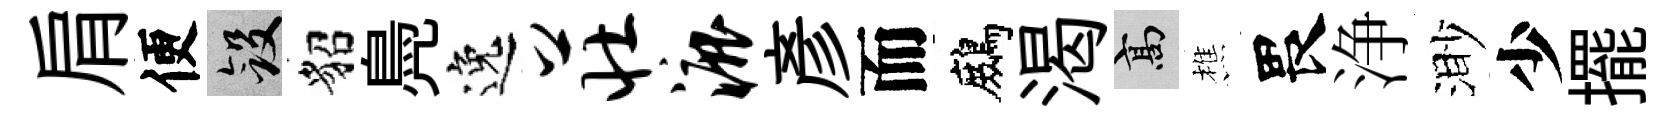
肩便斂貂鳧逸庄漉彥而鷓渴高樵畏浄渺少擺